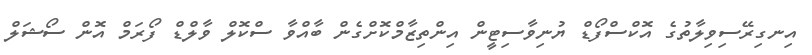
އިނގިރޭސިވިލާތުގެ އޮކްސްފޯޑް ޔުނިވާސިޓީން އިންތިޒާމްކޮށްގެން ބާއްވާ ސްކޮލް ވާލްޑް ފޯރަމް އޮން ސޯޝަލް